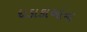
ધડાકાઓના